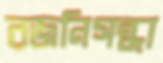
রজনিগন্ধা